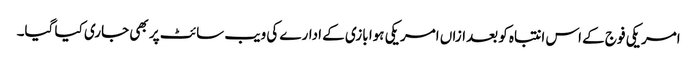
امریکی فوج کے اس انتباہ کو بعدازاں امریکی ہوا بازی کے ادارے کی ویب سائٹ پر بھی جاری کیا گیا۔